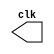
// -------------------------
// Exemplo0042  Gerador de Clk, pulse e trigger
// Nome: Willian Antonio dos Santos
// -------------------------
// ---------------------------
// -- test clock generator (2)
// ---------------------------
module clock ( clk );
       output clk;
       reg clk;
       initial begin
               clk = 1'b0;
       end
       always begin
              #12 clk = ~clk;
       end
endmodule
// ---------------------------
// -- gerador de pulsos
// ---------------------------
module pulse ( signal, clock );
       input clock;
       output signal;
       reg signal;
       always @ ( clock ) begin
              signal = 1'b1;
           #3 signal = 1'b0;
           #3 signal = 1'b1;
           #3 signal = 1'b0;
       end
endmodule // pulse
// ---------------------------
// -- gerador gatilho
// ---------------------------
module trigger ( signal, on, clock );
       input on, clock;
       output signal;
       reg signal;
       initial begin
               signal = 1'b0;
       end
       always @ ( posedge clock ) begin
               if( on ) begin
                        signal = 1'b1;
                    #60 signal = 1'b0;
                    #60 signal = 1'b0;
               end
       end
endmodule // trigger
// ---------------------------
// -- Teste dos geradores de sinais
// ---------------------------
module Exemplo0042;
       wire clock;
       clock clk ( clock );
       reg p;
       wire p1,t1;
       pulse pulse1 ( p1, clock );
       trigger trigger1 ( t1, p, clock );
       initial begin
               p = 1'b0;
       end
       initial begin
               $dumpfile ( "Exemplo0042.vcd" );
               $dumpvars ( 1, clock, p1, p, t1 );
          #060 p = 1'b1;
          #120 p = 1'b0;
          #180 p = 1'b1;
          #240 p = 1'b0;
          #300 p = 1'b1;
          #360 p = 1'b0;
          #376 $finish;
       end
endmodule // Exemplo0042